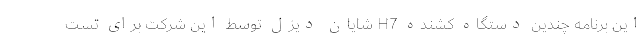
این برنامه چندین دستگاه کشنده H7 شایان دیزل توسط این شرکت برای تست